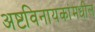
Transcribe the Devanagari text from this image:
अष्टविनायकांमधील